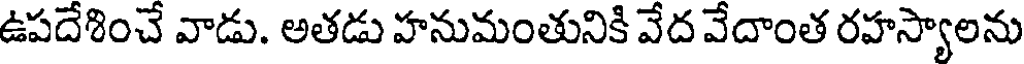
ఉపదేశించే వాడు. అతడు హనుమంతునికి వేద వేదాంత రహస్యాలను